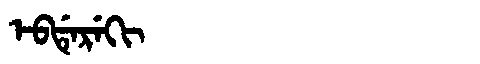
Manchu: ᡝᠪᡩᡝᡵᡝᡴᡳ
Romanization: EBDEREKI